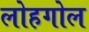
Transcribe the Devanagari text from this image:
लोहगोल